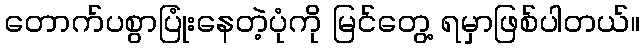
တောက်ပစွာပြုံးနေတဲ့ပုံကို မြင်တွေ့ ရမှာဖြစ်ပါတယ်။